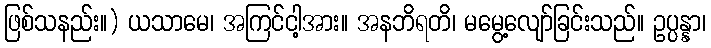
ဖြစ်သနည်း။) ယသာမေ၊ အကြင်ငါ့အား။ အနဘိရတိ၊ မမွေ့လျော်ခြင်းသည်။ ဥပ္ပန္နာ၊